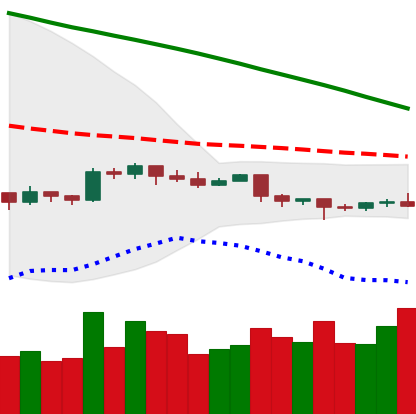
Ticker: EOS-USD
Chart end date: 2019-10-22
Forward return: 14.931%
Label: up_7plus